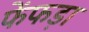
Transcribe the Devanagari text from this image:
फेंफड़ा